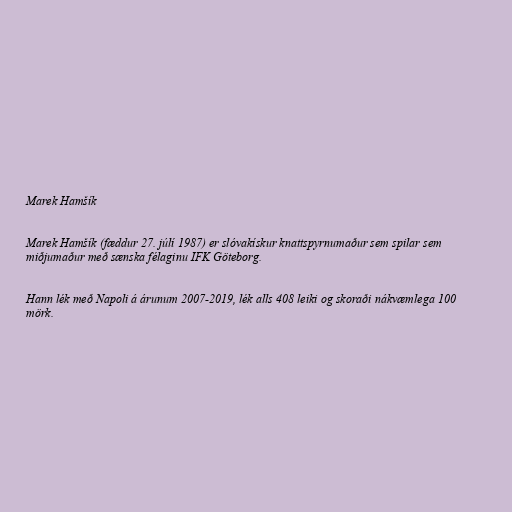
Marek Hamšík

Marek Hamšík (fæddur 27. júlí 1987) er slóvakískur knattspyrnumaður sem spilar sem
miðjumaður með sænska félaginu IFK Göteborg.

Hann lék með Napoli á árunum 2007-2019, lék alls 408 leiki og skoraði nákvæmlega 100
mörk.